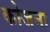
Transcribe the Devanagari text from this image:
कोजना